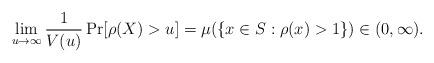
LaTeX: \begin{align*} \lim_{u \to \infty} \frac{1}{V(u)} \Pr[ \rho(X) > u ] = \mu( \{ x \in S : \rho(x) > 1 \} ) \in (0, \infty).\end{align*}